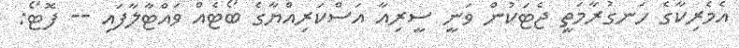
އެމެރިކާގެ ހަނގުރާމަތީ ޖެޓަކުން ވަނީ ސީރިއާ އަސްކަރިއްޔާގެ ބޯޓެއް ވައްޓާލާފައި -- ފޮޓޯ: